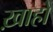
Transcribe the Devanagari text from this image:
ख़ाहों